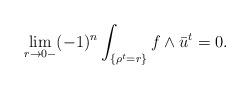
LaTeX: \begin{align*} \lim_{r\to 0-} (-1)^n \int_{\{\rho^t=r\}}f\wedge \bar u^t=0.\end{align*}